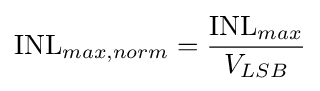
\mathrm {INL} _{max,norm}={\frac {\mathrm {INL} _{max}}{V_{LSB}}}